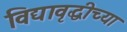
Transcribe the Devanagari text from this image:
विद्यावृद्धीच्या